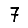
Digit: 7